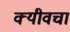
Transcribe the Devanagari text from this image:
क्यीवचा